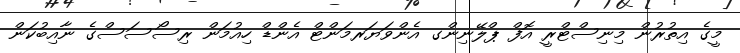
މީގެ އިތުރުން މިނިސްޓްރީ އޮފް ޕްލޭނިންގ އެންވަޔަރމަންޓް އެންޑް ހިއުމަން ރިސޯސަސްގެ ނާއިބުކަން